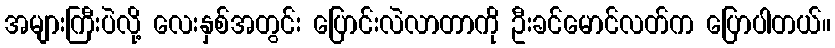
အများကြီးပဲလို့ လေးနှစ်အတွင်း ပြောင်းလဲလာတာကို ဦးခင်မောင်လတ်က ပြောပါတယ်။